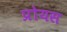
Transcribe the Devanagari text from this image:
प्रोयस